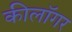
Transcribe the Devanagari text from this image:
कीलॉगर